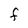
Character: F